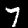
Label: 7